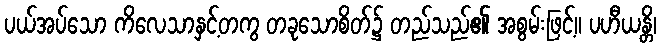
ပယ်အပ်သော ကိလေသာနှင့်တကွ တခုသောစိတ်၌ တည်သည်၏ အစွမ်းဖြင့်။ ပဟီယန္တိ၊